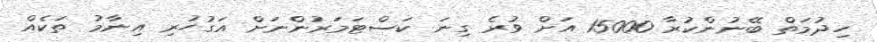
ހިދުމަތް ބޭނުންކުރާ 15000 އަށް ވުރެ ގިނަ ކަސްޓަމަރުންނަށް އަގުހުރި އިނާމު ތަކެއް